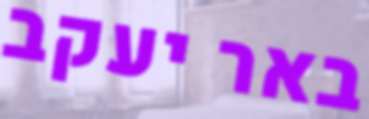
באר יעקב